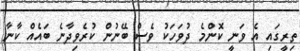
ތިރީގައި އެ ވަނީ ކޮންމެ ދުވަހަކު ވެސް ބޭނުން ކުރެވިދާނެ ބައެއް ކާނާ